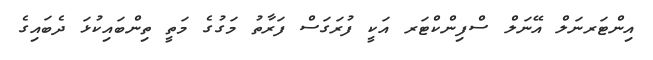
އިންޓަރނަލް އޭނަލް ސްފިންކްޓަރ އަކީ ފުރަގަސް ފަރާތު މަގުގެ މަތީ ތިންބައިކުޅަ ދެބައިގެ